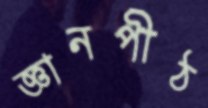
জ্ঞানপীঠ